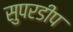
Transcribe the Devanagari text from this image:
सुपरडीप